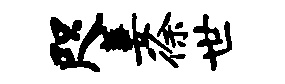
咫萋徐世